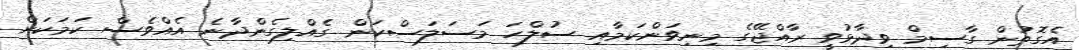
އެގޮތުން ގާސިމް ވިދާޅުވީ ރާއްޖޭގެ މިނިވަންކަމާއި ސުލްހަ މަސަލަސްކަން ގެއްލިގެންދާނެ އެއްވެސް ކަމަކަށް